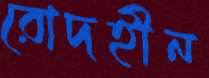
রোদহীন